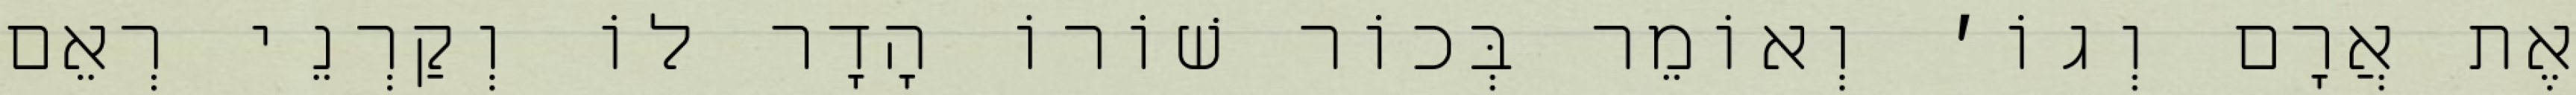
אֶת אֲרָם וְגוֹ׳ וְאוֹמֵר בְּכוֹר שׁוֹרוֹ הָדָר לוֹ וְקַרְנֵי רְאֵם